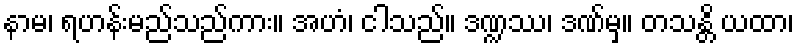
နာမ၊ ရဟန်းမည်သည်ကား။ အဟံ၊ ငါသည်။ ဒဏ္ဍဿ၊ ဒဏ်မှ။ တသန္တိ ယထာ၊